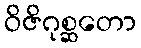
ဝိဇိဂုစ္ဆတော